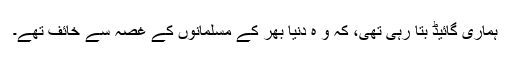
ہماری گائیڈ بتا رہی تھی، کہ و ہ دنیا بھر کے مسلمانوں کے غصہ سے خائف تھے۔